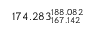
1 7 4 . 2 8 3 _ { 1 6 7 . 1 4 2 } ^ { 1 8 8 . 0 8 2 }